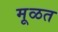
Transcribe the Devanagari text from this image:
मूळत